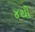
૪થી